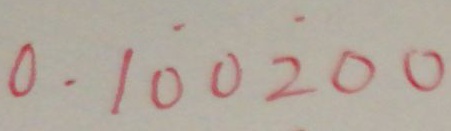
0 . 1 \dot { 0 } 0 \dot { 2 } 0 0